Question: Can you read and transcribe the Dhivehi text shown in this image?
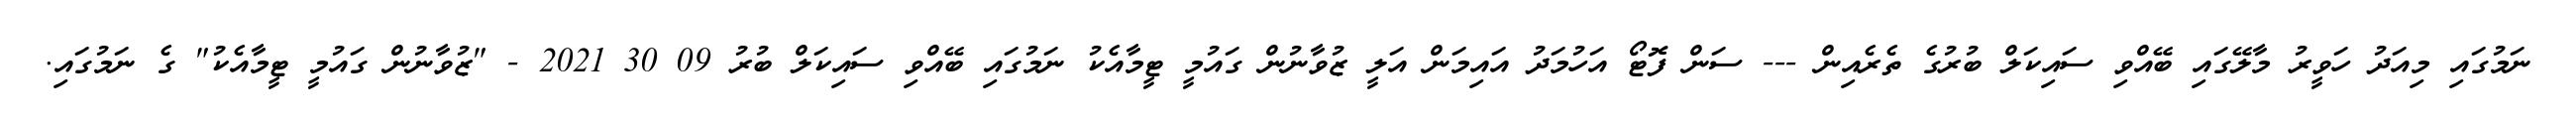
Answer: ނަމުގައި މިއަދު ހަވީރު މާލޭގައި ބޭއްވި ސައިކަލް ބުރުގެ ތެރެއިން --- ސަން ފޮޓޯ އަހުމަދު އައިމަން އަލީ ޒުވާނުން ގައުމީ ޓީމާއެކު ނަމުގައި ބޭއްވި ސައިކަލް ބުރު 09 30 2021 - "ޒުވާނުން ގައުމީ ޓީމާއެކު" ގެ ނަމުގައި.